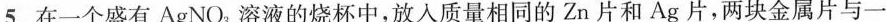
5.在一个盛有AgNO_{3}溶液的烧杯中，放入质量相同的Zn片和Ag片，两块金属片与一